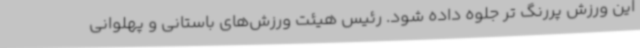
این ورزش پررنگ تر جلوه داده شود. رئیس هیئت ورزش‌های باستانی و پهلوانی